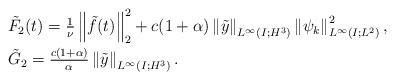
LaTeX: \begin{align*}&\tilde F_2(t)= \tfrac{1}{\nu}\left\|\tilde f(t)\right\|_2^2+c(1+\alpha)\left\|\tilde y\right\|_{L^\infty(I;H^3)}\left\|\psi_k\right\|^2_{L^\infty(I;L^2)},\\&\tilde G_2=\tfrac{c(1+\alpha)}{\alpha}\left\|\tilde y\right\|_{L^\infty(I;H^3)}.\end{align*}